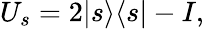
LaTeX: U_{s}=2|s\rangle\langle s|-I,